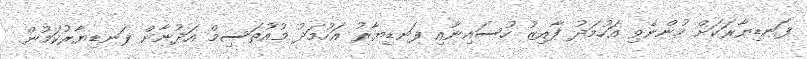
ފަނޑިޔާރަކަށް ހުންނެވި އަހުމަދު ފާއިޒު ހުސައިނާއި ފަނޑިޔާރު އަހުމަދު މުއުތަސިމް އަދުނާން ފަނޑިޔާރުކަމުން